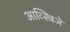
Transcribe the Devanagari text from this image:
आव्स्त्रिजे